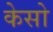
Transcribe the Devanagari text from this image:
केसो